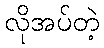
လိုအပ်တဲ့